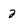
Character: 2